Civil Veterinary Dept. Bombay admin report 1893-99 - 1893-1899
Year: 1893
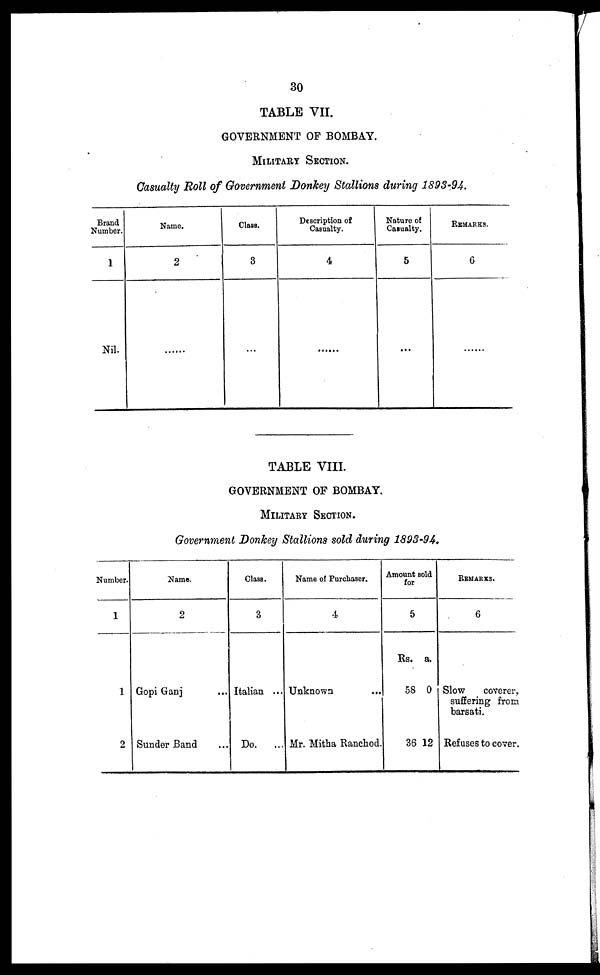
30
TABLE VII.
GOVERNMENT OF BOMBAY.
MILITARY SECTION.
Casualty Roll of Government Donkey Stallions during 1893-94.
Brand
Number.
1
Nil.
Name.
2
Class.
3
...
Description of
Casualty.
4
Nature of
Casualty.
5
...
REMARKS.
6
TABLE VIII.
GOVERNMENT OF BOMBAY.
MILITARY SECTION.
Government Donkey Stallions sold during 1893-94.
Number.
1
1
2
Name.
2
Gopi Ganj ...
Sunder Band ...
Class.
3
Italian ...
Do.
...
Name of Purchaser.
4
Unknown ...
Mr. Mitha Ranchod.
Amount sold
for
5
Rs.
58
36
a.
0
12
REMARKS.
6
Slow
coverer,
suffering from
barsati.
Refuses to cover.